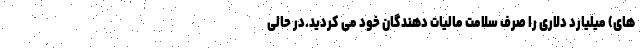
های) میلیارد دلاری را صرف سلامت مالیات دهندگان خود می کردید.در حالی